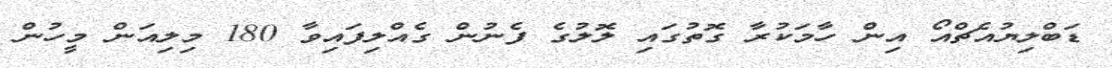
ޑަބްލިޔުއެޗްއޯ އިން ހާމަކުރާ ގޮތުގައި ލޮލުގެ ފެނުން ގެއްލިފައިވާ 180 މިލިއަން މީހުން